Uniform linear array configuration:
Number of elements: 48
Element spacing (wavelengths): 0.75
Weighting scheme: hann
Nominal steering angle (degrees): -45
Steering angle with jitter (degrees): -44.858
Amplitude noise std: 0.05
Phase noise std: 0.05

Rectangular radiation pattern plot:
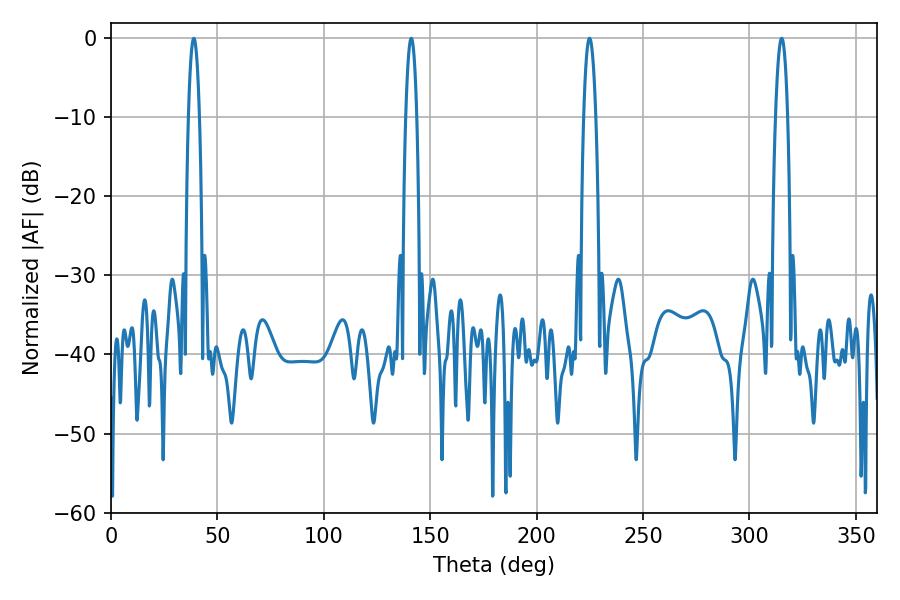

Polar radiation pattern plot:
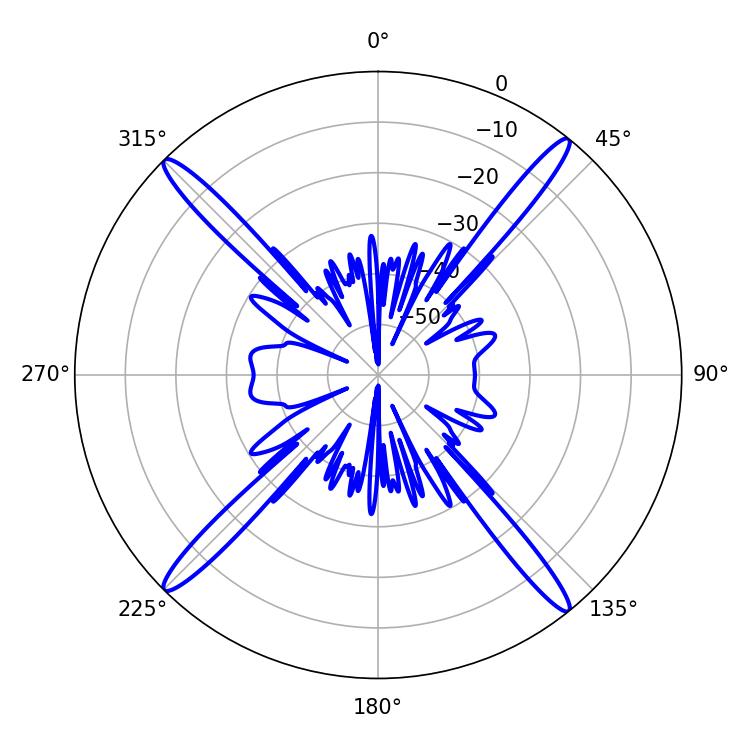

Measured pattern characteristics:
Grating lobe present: TRUE
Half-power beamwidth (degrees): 2.88
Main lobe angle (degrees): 38.88